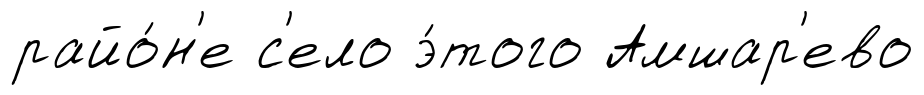
райо́н'е с'ело э́того Амшар'ево